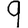
Digit: 9